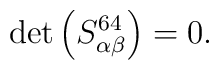
\det \left( S_{\alpha \beta }^{64}\right) =0.